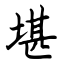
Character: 堪